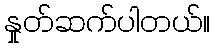
နှုတ်ဆက်ပါတယ်။